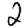
Digit: 2